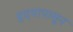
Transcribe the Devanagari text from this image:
हृदयापासून